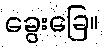
ခွေးခြေ။